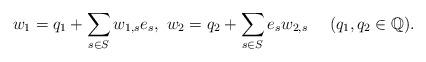
LaTeX: \begin{align*}w_{1}=q_{1}+\sum_{s\in S}w_{1,s}e_{s},\ w_{2}=q_{2}+\sum_{s\in S}e_{s}w_{2,s}\ \ \ \ (q_{1},q_{2}\in\mathbb{Q}).\end{align*}